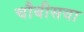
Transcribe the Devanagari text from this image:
चौबीसवा